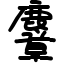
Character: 麞